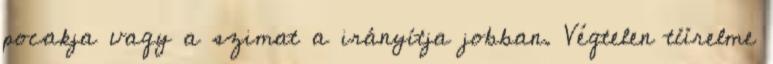
pocakja vagy a szimat a irányítja jobban. Végtelen türelme